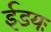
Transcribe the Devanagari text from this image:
ईडयः